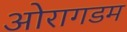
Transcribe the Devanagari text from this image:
ओरागडम